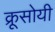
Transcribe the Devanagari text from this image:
क्रूसोयी